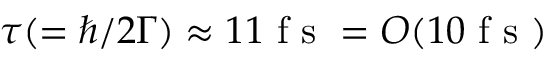
\tau ( = \hbar / 2 \Gamma ) \approx 1 1 \textrm { f s } = O ( 1 0 \textrm { f s } )